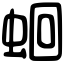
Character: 蛔